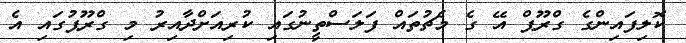
ކޮލިފައިންގެ ގްރޫޕް އޭ ގެ މެޗުތައް ފަލަސްތީނުގައި ކުރިއަށްދާއިރު މި ގްރޫޕުގައި އެ